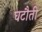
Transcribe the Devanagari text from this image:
घटौती